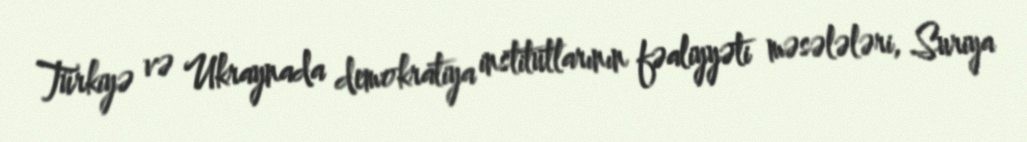
Türkiyə və Ukraynada demokratiya institutlarının fəaliyyəti məsələləri, Suriya